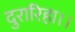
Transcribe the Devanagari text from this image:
दुरारिहा।।